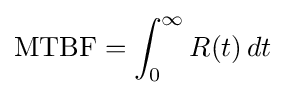
{\text{MTBF}}=\int _{0}^{\infty }R(t)\,dt